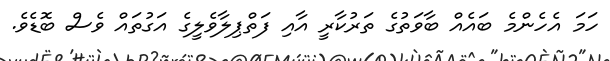
ހަމަ އެހެންމެ ބައެއް ބާވަތުގެ ތަރުކާރީ އާއި ފަތްޕިލާވެލީގެ އަގުތައް ވެސް ބޮޑެވެ.